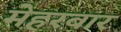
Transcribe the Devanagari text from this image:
मेहरबार